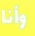
وأنا